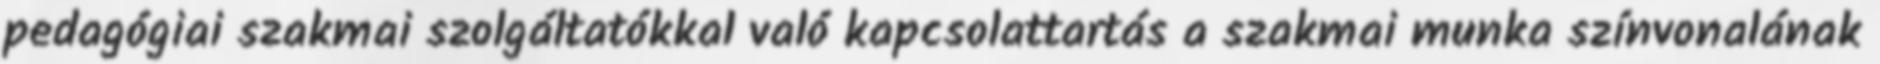
pedagógiai szakmai szolgáltatókkal való kapcsolattartás a szakmai munka színvonalának